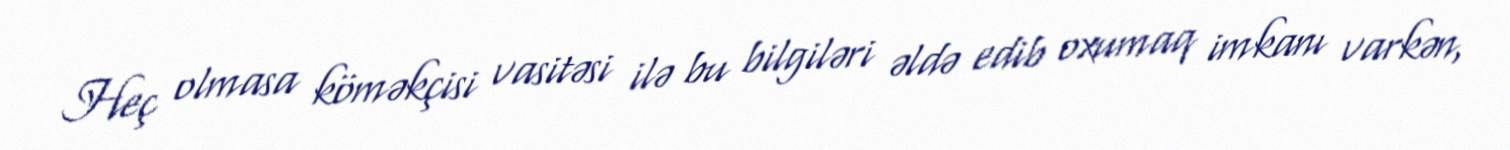
Heç olmasa köməkçisi vasitəsi ilə bu bilgiləri əldə edib oxumaq imkanı varkən,